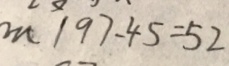
m \vert 9 7 - 4 5 = 5 2